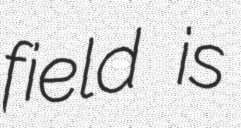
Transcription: field is